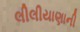
લીલીયાણાની